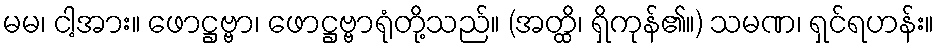
မမ၊ ငါ့အား။ ဖောဋ္ဌဗ္ဗာ၊ ဖောဋ္ဌဗ္ဗာရုံတို့သည်။ (အတ္ထိ၊ ရှိကုန်၏။) သမဏ၊ ရှင်ရဟန်း။